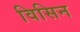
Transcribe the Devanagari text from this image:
विसिन